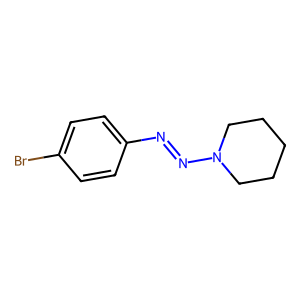
SMILES: Brc1ccc(N=NN2CCCCC2)cc1
Inhibits HIV replication: No